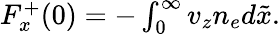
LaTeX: \begin{array}{r}{F_{x}^{+}(0)=-\int_{0}^{\infty}v_{z}n_{e}d\tilde{x}.}\end{array}